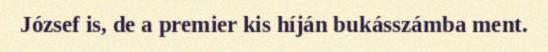
József is, de a premier kis híján bukásszámba ment.